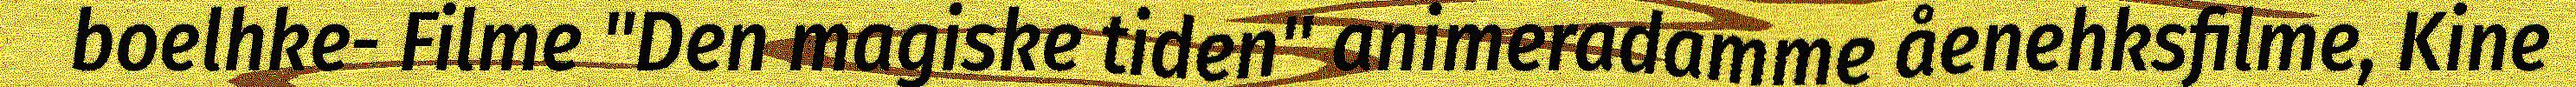
boelhke- Filme "Den magiske tiden" animeradamme åenehksfilme, Kine